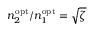
n _ { 2 } ^ { \mathrm { o p t } } / n _ { 1 } ^ { \mathrm { o p t } } = \sqrt \zeta